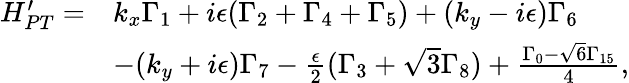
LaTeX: \begin{array}{rl}{H_{PT}^{\prime}=}&{k_{x}\Gamma_{1}+i\epsilon(\Gamma_{2}+\Gamma_{4}+\Gamma_{5})+(k_{y}-i\epsilon)\Gamma_{6}}\\ &{-(k_{y}+i\epsilon)\Gamma_{7}-\frac{\epsilon}{2}(\Gamma_{3}+\sqrt{3}\Gamma_{8})+\frac{\Gamma_{0}-\sqrt{6}\Gamma_{15}}{4},}\end{array}